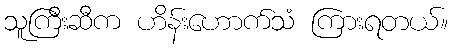
သူကြီးဆီက ဟိန်းဟောက်သံ ကြားရတယ်။